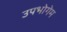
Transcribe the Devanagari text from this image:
उपभोगेम